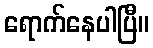
ရောက်နေပါပြီ။